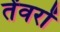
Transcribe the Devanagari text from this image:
तेंवरों